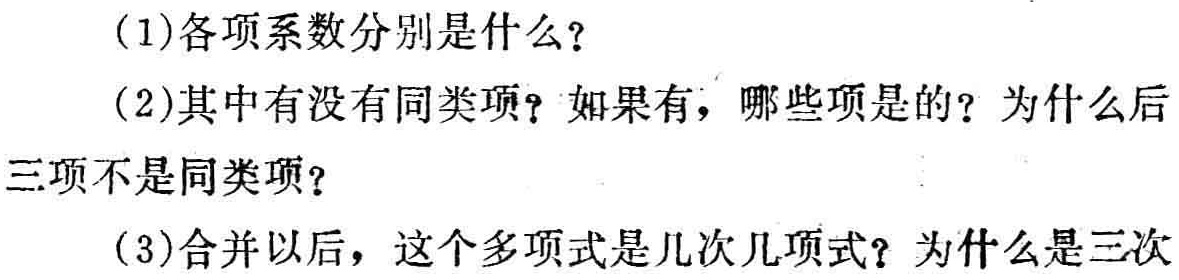
(1)各项系数分别是什么？

(2)其中有没有同类项？如果有，哪些项是的？为什么后

三项不是同类项？

(3)合并以后，这个多项式是几次几项式？为什么是三次